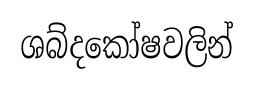
ශබ්දකෝෂවලින්